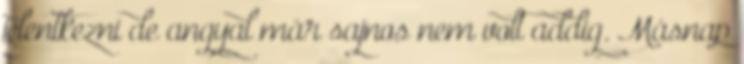
jelentkezni de angyal már sajnos nem volt addig. Másnap